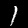
Digit: 1